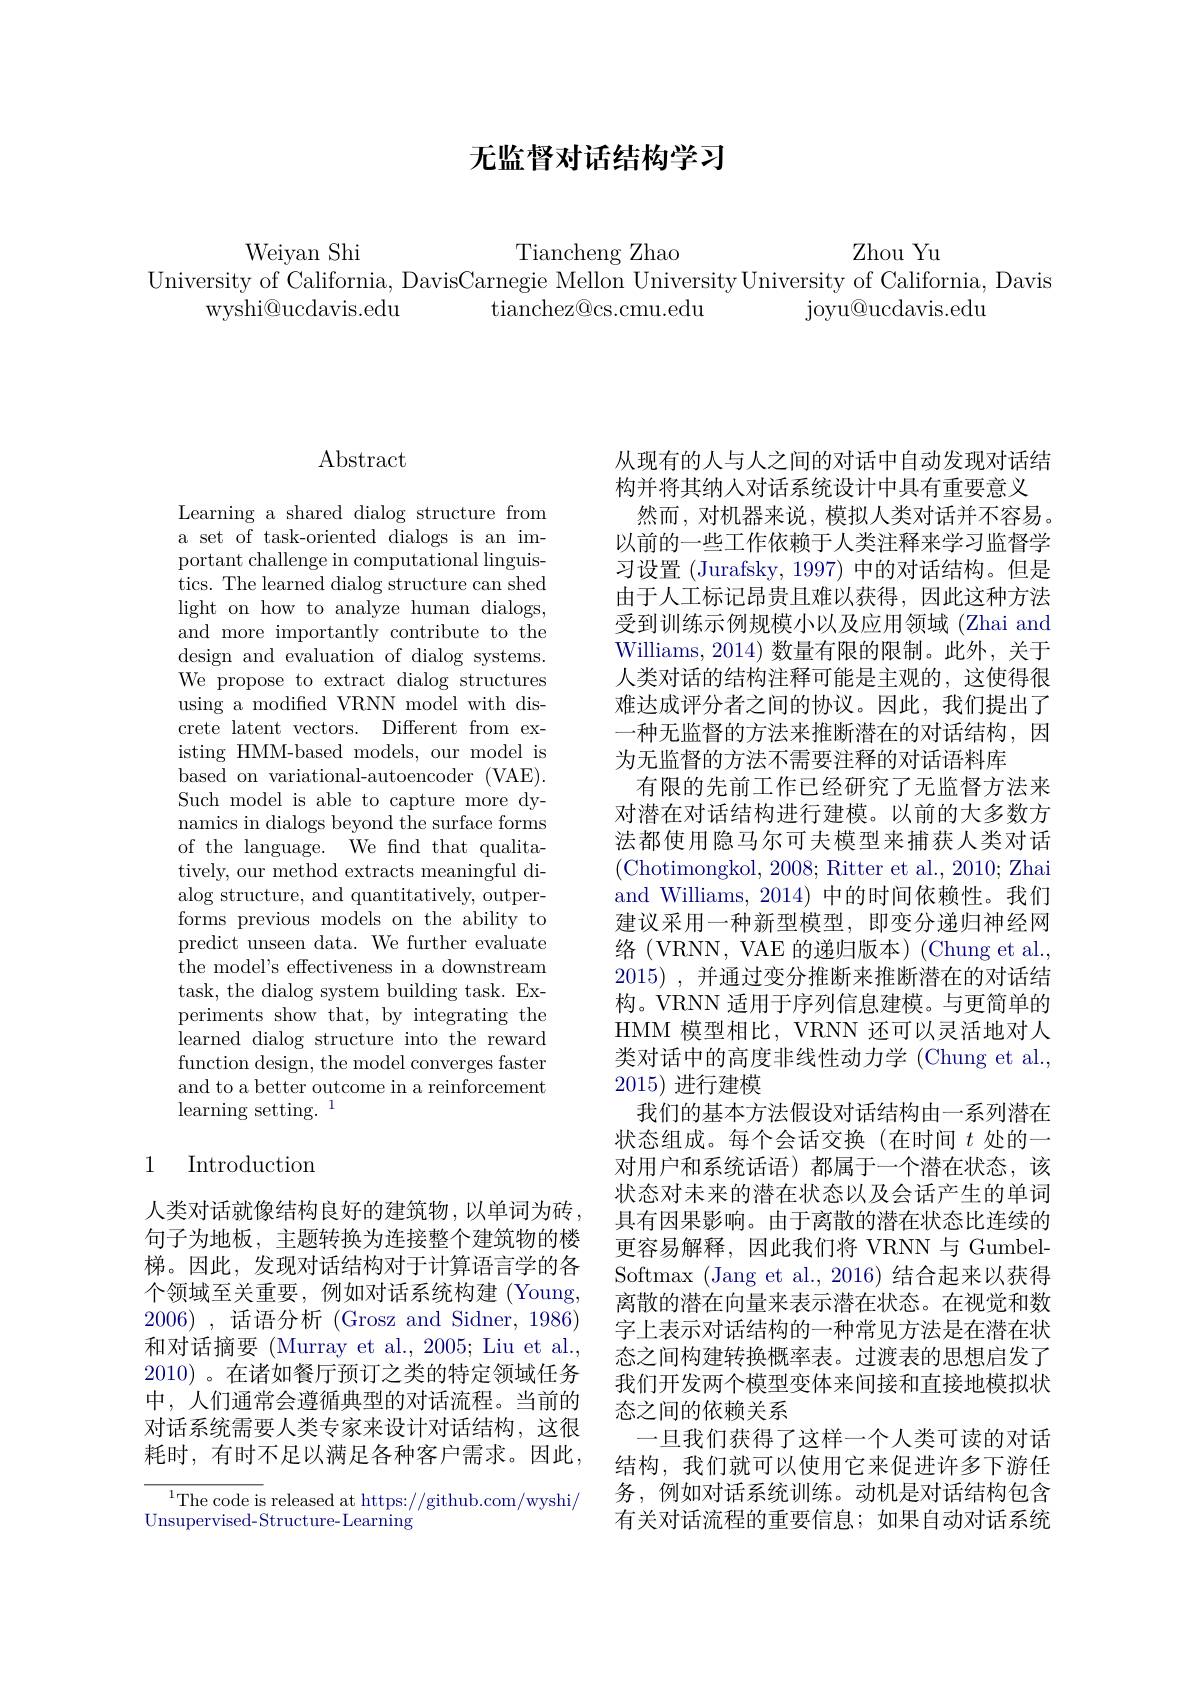
# 无监督对话结构学习

Zhou Yu

Weiyan Shi
Tiancheng Zhao
University of California, DavisCarnegie Mellon University University of California, Davis
wyshi@ucdavis.edu
tianchez@cs.cmu.edu
${\mathrm{joyu@ucdavis.edu}}$

# Abstract

Learning a shared dialog structure from a set of task-oriented dialogs is an important challenge in computational linguistics. The learned dialog structure can shed light on how to analyze human dialogs, and more importantly contribute to the design and evaluation of dialog systems. We propose to extract dialog structures using a modified VRNN model with discrete latent vectors. Different from existing HMM-based models, our model is based on variational-autoencoder (VAE). Such model is able to capture more dynamics in dialogs beyond the surface forms of the language. We find that qualitatively, our method extracts meaningful dialog structure, and quantitatively, outperforms previous models on the ability to predict unseen data. We further evaluate the model's effectiveness in a downstream task, the dialog system building task. Experiments show that, by integrating the learned dialog structure into the reward function design, the model converges faster and to a better outcome in a reinforcement learning setting.

## 1 Introduction

人类对话就像结构良好的建筑物，以单词为砖句子为地板，主题转换为连接整个建筑物的楼梯。因此，发现对话结构对于计算语言学的各个领域至关重要，例如对话系统构建 (Young, 2006) ,话语分析(Grosz and Sidner,1986) 和对话摘要 (Murray et al., 2005; Liu et al., 2010) 。在诸如餐厅预订之类的特定领域任务中，人们通常会遵循典型的对话流程。当前的对话系统需要人类专家来设计对话结构，这很耗时，有时不足以满足各种客户需求。因此，

$^{1}$The code is released at https://github.com/wyshi/
Unsupervised-Structure- Learning

从现有的人与人之间的对话中自动发现对话结
构并将其纳人对话系统设计中具有重要意义
然而，对机器来说，模拟人类对话并不容易。以前的一些工作依赖于人类注释来学习监督学习设置 (Jurafsky, 1997)中的对话结构。但是由于人工标记昂贵且难以获得，因此这种方法受到训练示例规模小以及应用领域(Zhai and Williams, 2014) 数量有限的限制。此外，关于人类对话的结构注释可能是主观的，这使得很难达成评分者之间的协议。因此，我们提出了一种无监督的方法来推断潜在的对话结构，因为无监督的方法不需要注释的对话语料库
有限的先前工作已经研究了无监督方法来对潜在对话结构进行建模。以前的大多数方法都使用隐马尔可夫模型来捕获人类对话(Chotimongkol, 2008; Ritter et al., 2010; Zhai and Williams, 2014) 中的时间依赖性。我们建议采用一种新型模型，即变分递归神经网络(VRNN, VAE 的递归版本)(Chung et al. 2015) ,并通过变分推断来推断潜在的对话结构。VRNN 适用于序列信息建模。与更简单的HMM 模型相比，VRNN 还可以灵活地对人类对话中的高度非线性动力学 (Chung et al., 2015)进行建模
我们的基本方法假设对话结构由一系列潜在状态组成。每个会话交换(在时间$t$处的一对用户和系统话语)都属于一个潜在状态，该状态对未来的潜在状态以及会话产生的单词具有因果影响。由于离散的潜在状态比连续的更容易解释，因此我们将 VRNN 与 GumbelSoftmax (Jang et al., 2016) 结合起来以获得离散的潜在向量来表示潜在状态。在视觉和数字上表示对话结构的一种常见方法是在潜在状态之间构建转换概率表。过渡表的思想启发了我们开发两个模型变体来间接和直接地模拟状态之间的依赖关系
一旦我们获得了这样一个人类可读的对话结构，我们就可以使用它来促进许多下游任务，例如对话系统训练。动机是对话结构包含有关对话流程的重要信息；如果自动对话系统